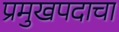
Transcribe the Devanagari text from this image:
प्रमुखपदाचा